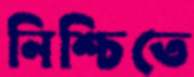
নিশ্চিতে